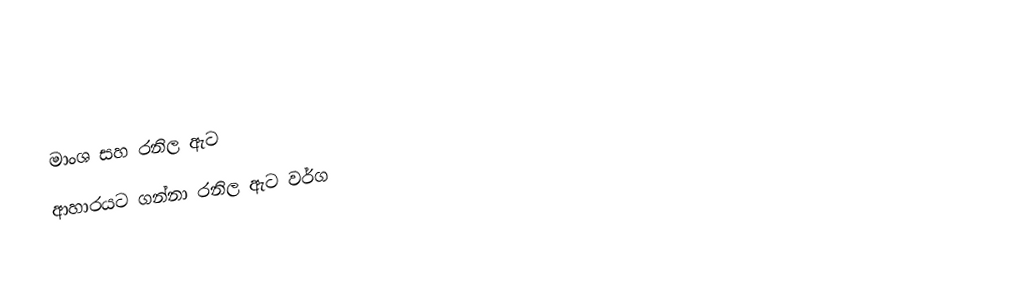
මාංශ සහ රනිල ඇට
ආහාරයට ගන්නා රනිල ඇට වර්ග